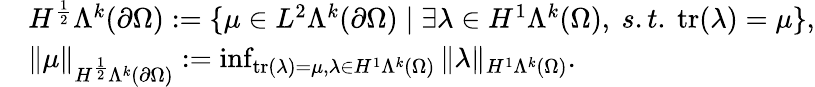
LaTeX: \begin{array}{rl}&{H^{\frac{1}{2}}\Lambda^{k}(\partial\Omega):=\{ \mu\in L^{2}\Lambda^{k}(\partial\Omega)\mid\exists\lambda\in H^{1}\Lambda^{k}(\Omega),\ s.t.\ \mathrm{tr}(\lambda)=\mu\} ,}\\ &{\Vert\mu\Vert_{H^{\frac{1}{2}}\Lambda^{k}(\partial\Omega)}:=\operatorname*{inf}_{\mathrm{tr}(\lambda)=\mu,\lambda\in H^{1}\Lambda^{k}(\Omega)}\Vert\lambda\Vert_{H^{1}\Lambda^{k}(\Omega)}.}\end{array}